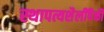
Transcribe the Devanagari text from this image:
स्थापत्यशैलींपैकी